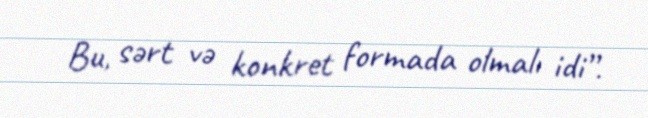
Bu, sərt və konkret formada olmalı idi”.